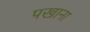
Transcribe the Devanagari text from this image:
पखाना